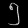
Digit: ၅